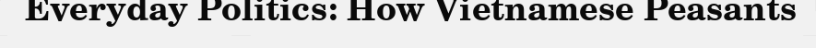
Everyday Politics: How Vietnamese Peasants